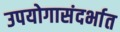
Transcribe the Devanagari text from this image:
उपयोगासंदर्भात